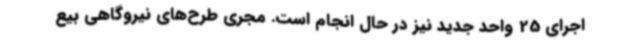
اجرای 25 واحد جدید نیز در حال انجام است. مجری طرح‌های نیروگاهی بیع